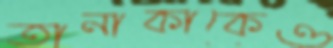
তানাকাকেও